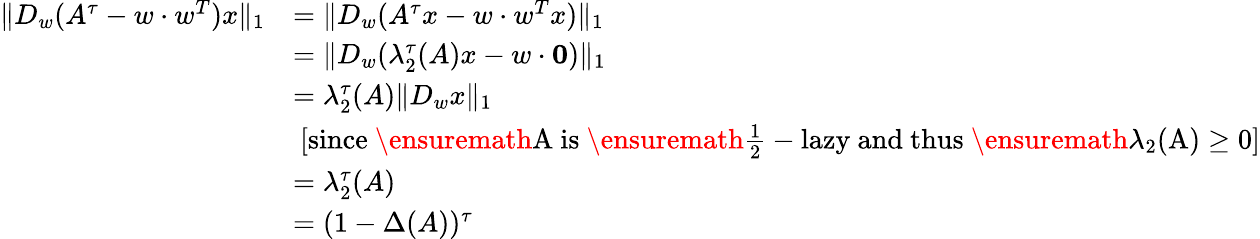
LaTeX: \begin{array}{rl}{\| D_{w}(A^{\tau}-w\cdot w^{T})x\| _{1}}&{=\| D_{w}(A^{\tau}x-w\cdot w^{T}x)\| _{1}}\\ &{=\| D_{w}(\lambda_{2}^{\tau}(A)x-w\cdot\mathbf{0})\| _{1}}\\ &{=\lambda_{2}^{\tau}(A)\| D_{w}x\| _{1}}\\ &{\ \mathrm{[since~\ensuremath{A}~is~\ensuremath{\frac{1}{2}}-lazy~and~thus~\ensuremath{\lambda_{2}(A)\geq 0}]}}\\ &{=\lambda_{2}^{\tau}(A)}\\ &{=(1-\Delta(A))^{\tau}}\end{array}